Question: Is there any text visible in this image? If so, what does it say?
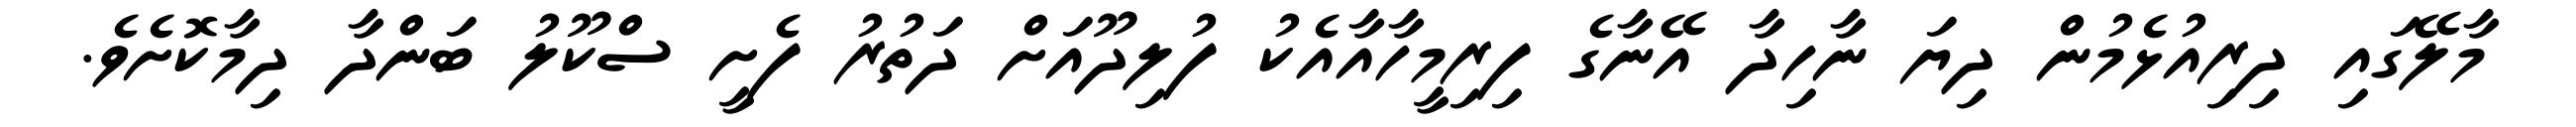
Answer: މާލޭގައި ދިރިއުޅެމުން ދިޔަ ނާހިދާ އޭނާގެ ފިރިމީހާއާއެކު ފުލިދޫއަށް ދަތުރު ފެށީ ސްކޫލު ބަންދާ ދިމާކޮށެވެ.